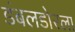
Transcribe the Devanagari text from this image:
डंबलडोरला